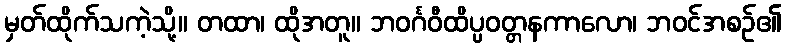
မှတ်ထိုက်သကဲ့သို့။ တထာ၊ ထိုအတူ။ ဘဝင်္ဂဝီထိပ္ပဝတ္တနကာလော၊ ဘဝင်အစဉ်၏